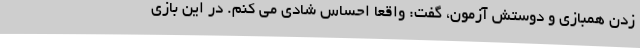
زدن همبازی و دوستش آزمون، گفت: واقعا احساس شادی می کنم. در این بازی